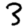
Digit: 3